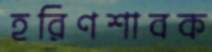
হরিণশাবক